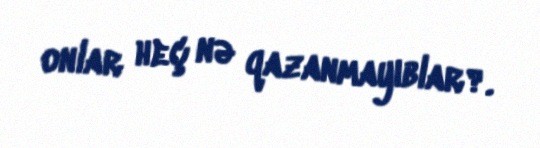
onlar heç nə qazanmayıblar?.